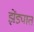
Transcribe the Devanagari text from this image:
झेंड्यात